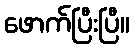
ဖောက်ပြီးပြီ။